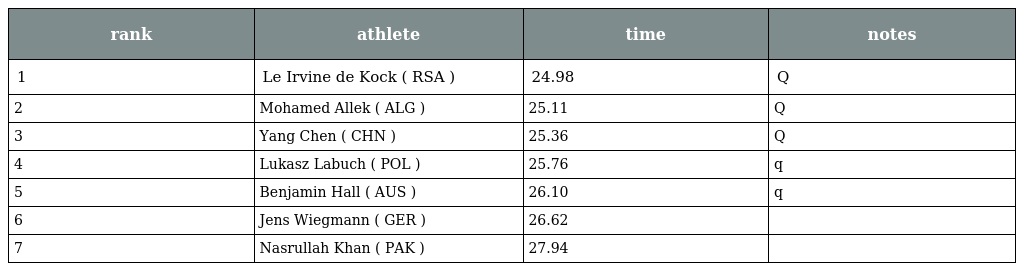
| rank | athlete | time | notes |
 | --- | --- | --- | --- |
 | 1 | Le Irvine de Kock ( RSA ) | 24.98 | Q |
 | 2 | Mohamed Allek ( ALG ) | 25.11 | Q |
 | 3 | Yang Chen ( CHN ) | 25.36 | Q |
 | 4 | Lukasz Labuch ( POL ) | 25.76 | q |
 | 5 | Benjamin Hall ( AUS ) | 26.10 | q |
 | 6 | Jens Wiegmann ( GER ) | 26.62 |  |
 | 7 | Nasrullah Khan ( PAK ) | 27.94 |  |